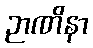
ဉာဏိနာ